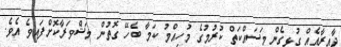
ދާއިރާއެއް ގުޅިގެން މަސައްކަތް ކުރުމުގެ މުހިއްމު ކަމާ ބެހޭ ގޮތުން މަޝްވަރާކޮށްފައިވެ އެވެ.